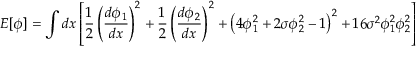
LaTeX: { \cal E } [ \phi ] = \int d x \left[ \frac { 1 } { 2 } \left( \frac { d \phi _ { 1 } } { d x } \right) ^ { 2 } + \frac { 1 } { 2 } \left( \frac { d \phi _ { 2 } } { d x } \right) ^ { 2 } + \left( 4 \phi _ { 1 } ^ { 2 } + 2 \sigma \phi _ { 2 } ^ { 2 } - 1 \right) ^ { 2 } + 1 6 \sigma ^ { 2 } \phi _ { 1 } ^ { 2 } \phi _ { 2 } ^ { 2 } \right]